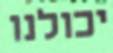
יכולנו